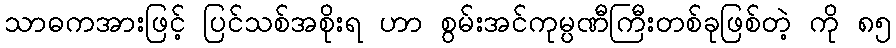
သာဓကအားဖြင့် ပြင်သစ်အစိုးရ ဟာ စွမ်းအင်ကုမ္ပဏီကြီးတစ်ခုဖြစ်တဲ့ ကို ၈၅